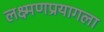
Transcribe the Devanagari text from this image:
लक्ष्मणप्रयागला